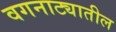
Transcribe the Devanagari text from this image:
वगनाट्यातील